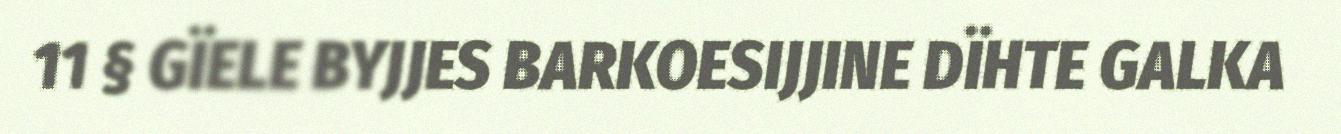
11 § GÏELE BYJJES BARKOESIJJINE DÏHTE GALKA